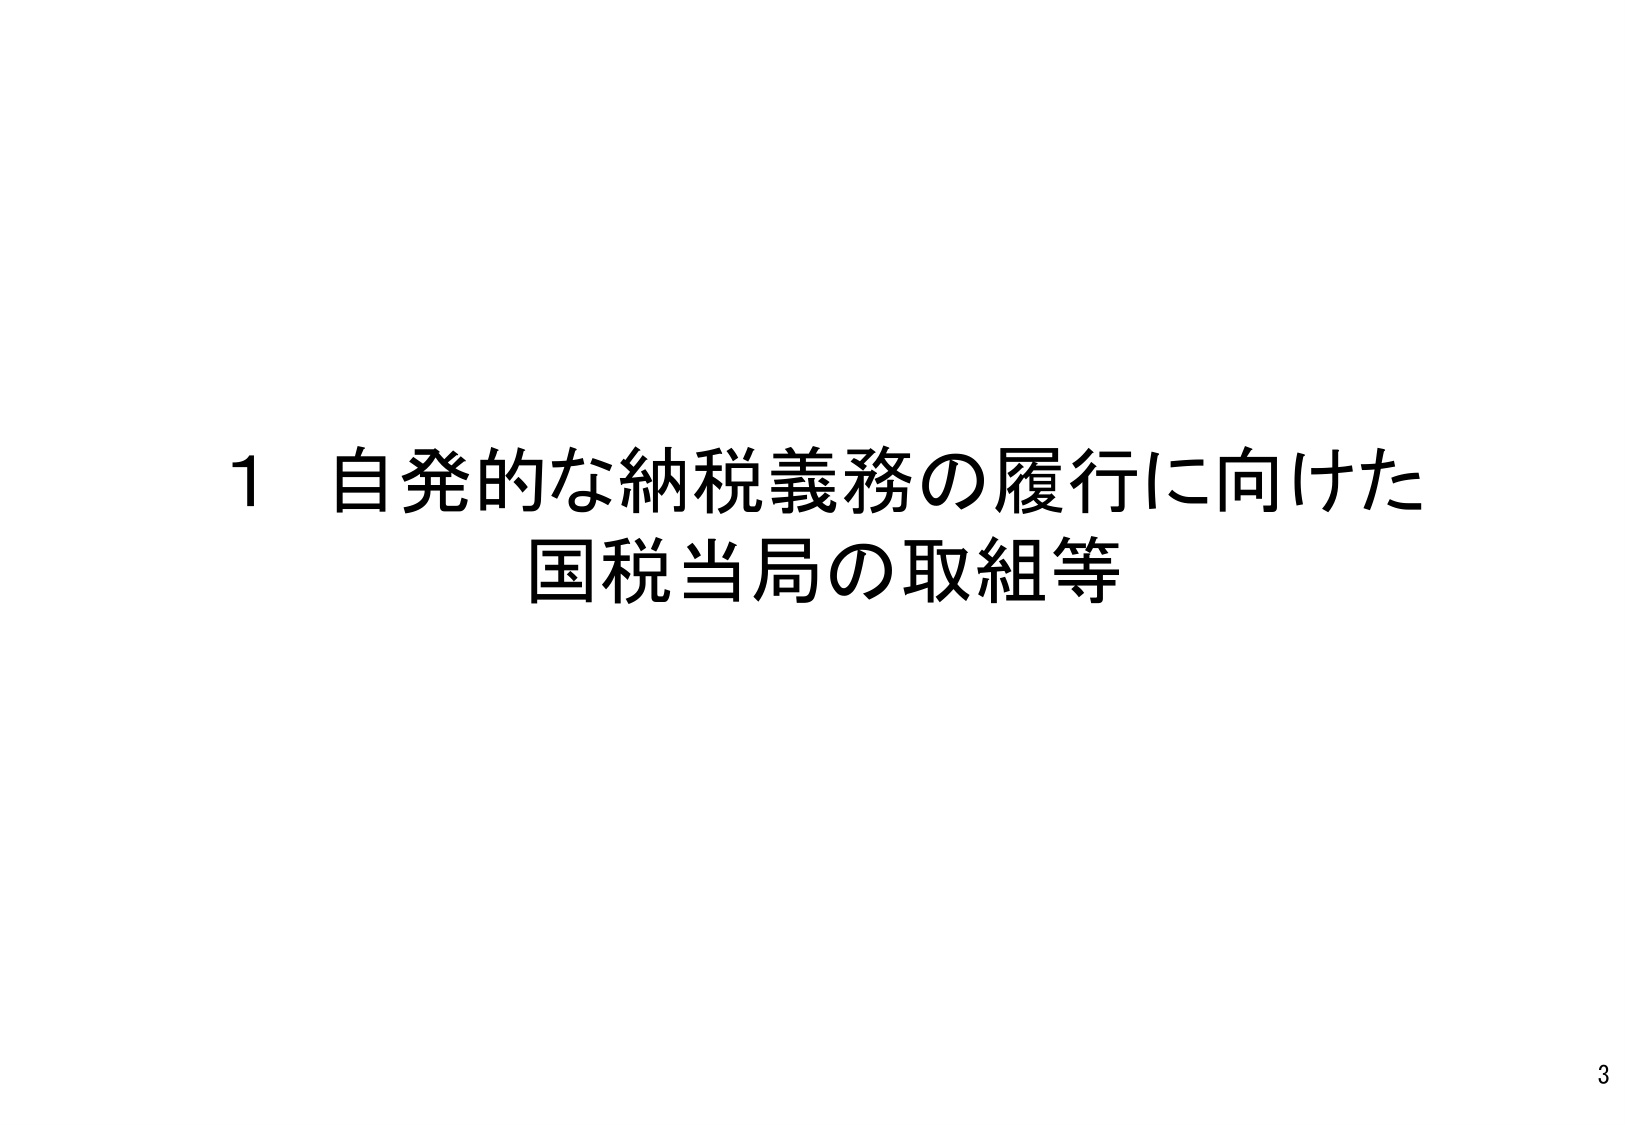
1 自発的な納税義務の履行に向けた
国税当局の取組等

3